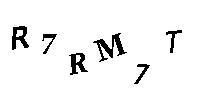
R7RM7T